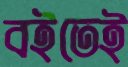
বইতেই